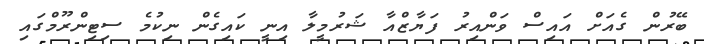
ބޭރުން ގެއަށް އައިސް ވަންއިރު ފަޔާޒްއާ ޝަރުމީލާ އިނީ ކައިގެން ނިކުމެ ސިޓިންރޫމްގައި